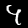
Label: 4